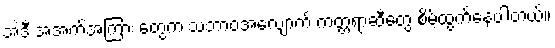
အဲဒီ အအက်အကြား တွေက သဘာဝအလျောက် ကတ္တရာဆီတွေ စိမ့်ထွက်နေပါတယ်။